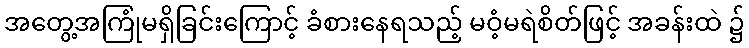
အတွေ့အကြုံမရှိခြင်းကြောင့် ခံစားနေရသည့် မဝံ့မရဲစိတ်ဖြင့် အခန်းထဲ ၌